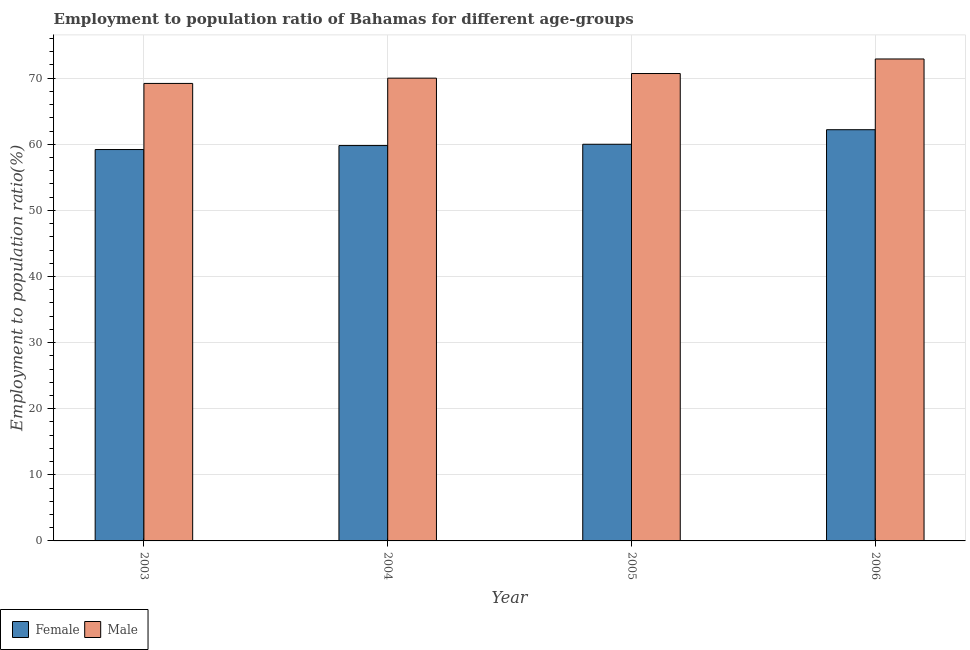
| Year | Female | Male |
 | --- | --- | --- |
 | 2003 | 59.2 | 69.2 |
 | 2004 | 59.8 | 70 |
 | 2005 | 60 | 70.7 |
 | 2006 | 62.2 | 72.9 |